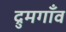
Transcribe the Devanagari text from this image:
द्रुमगाँव